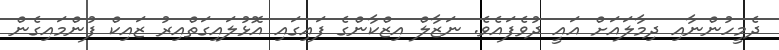
ދެމީހުންނާއި ދިމާލައަށް އައީ ދުވެފައެވެ. ނަޒާލް އިޒްކާންގެ ފައިގައި އޮޅުލައިގަތްއިރު ޒައިކް ފުންމައިގެން